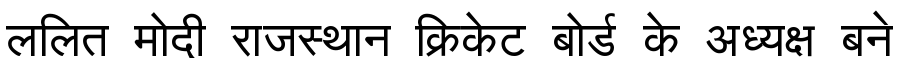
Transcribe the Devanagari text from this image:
ललित मोदी राजस्थान क्रिकेट बोर्ड के अध्यक्ष बने